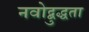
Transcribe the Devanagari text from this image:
नवोद्बुद्धता